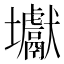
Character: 𡔎